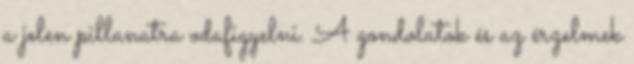
a jelen pillanatra odafigyelni. A gondolatok és az érzelmek